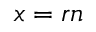
\boldsymbol { x } = r \boldsymbol { n }